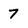
Character: 7